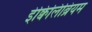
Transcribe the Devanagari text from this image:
ईक्विलिब्रियम